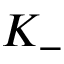
K _ { - }